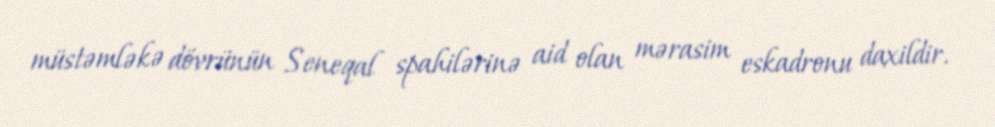
müstəmləkə dövrünün Seneqal spahilərinə aid olan mərasim eskadronu daxildir.